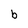
Character: b